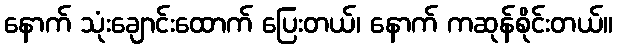
နောက် သုံးချောင်းထောက် ပြေးတယ်၊ နောက် ကဆုန်စိုင်းတယ်။